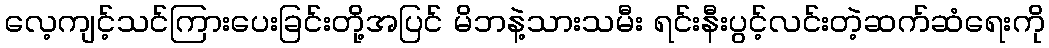
လေ့ကျင့်သင်ကြားပေးခြင်းတို့အပြင် မိဘနဲ့သားသမီး ရင်းနီးပွင့်လင်းတဲ့ဆက်ဆံရေးကို